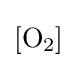
{[\mathrm {O} {\vphantom {A}}_{\smash[{t}]{2}}]}